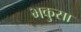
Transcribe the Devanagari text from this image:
भकुसा